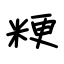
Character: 粳